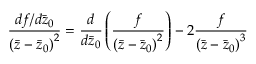
\frac { d f / d \bar { z } _ { 0 } } { \left( \bar { z } - \bar { z } _ { 0 } \right) ^ { 2 } } = \frac { d } { d \bar { z } _ { 0 } } \left( \frac { f } { \left( \bar { z } - \bar { z } _ { 0 } \right) ^ { 2 } } \right) - 2 \frac { f } { \left( \bar { z } - \bar { z } _ { 0 } \right) ^ { 3 } }